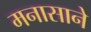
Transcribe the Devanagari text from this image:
मनासाने